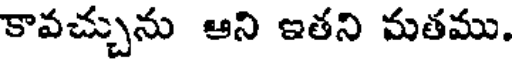
కావచ్చును ఆని ఇతని మతము.